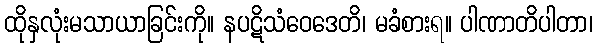
ထိုနှလုံးမသာယာခြင်းကို။ နပဋိသံဝေဒေတိ၊ မခံစားရ။ ပါဏာတိပါတာ၊